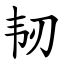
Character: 韧